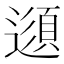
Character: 𲅻